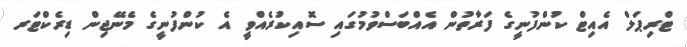
ޓްރިޕަލް އެއިޓް ކުންފުނީގެ ފަރާތުން އެއްބަސްވުމުގައި ސޮއިކުރެއްވީ އެ ކުންފުނީގެ މެނޭޖިން ޑިރެކްޓަރ